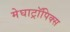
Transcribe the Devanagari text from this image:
मेघाट्रॉपिक्स